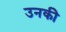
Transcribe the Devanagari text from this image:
उनकीे